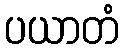
ပယာတံ